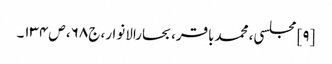
[۹] مجلسی، محمدباقر، بحارالانوار، ج۶۸، ص۱۳۴۔